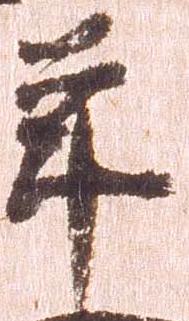
年